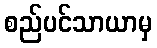
စည်ပင်သာယာမှ